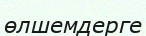
өлшемдерге